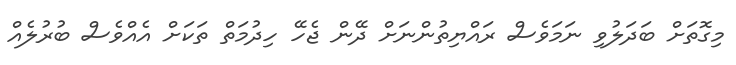
މިގޮތަށް ބަދަލުވި ނަމަވެސް ރައްޔިތުންނަށް ދޭން ޖެހޭ ހިދުމަތް ތަކަށް އެއްވެސް ބުރުލެއް